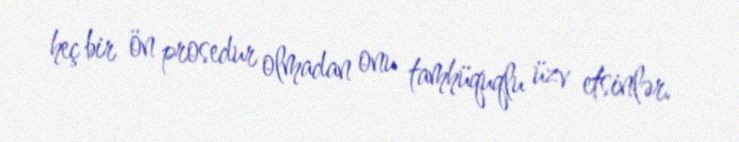
heç bir ön prosedur olmadan onu tamhüquqlu üzv etsinlər.